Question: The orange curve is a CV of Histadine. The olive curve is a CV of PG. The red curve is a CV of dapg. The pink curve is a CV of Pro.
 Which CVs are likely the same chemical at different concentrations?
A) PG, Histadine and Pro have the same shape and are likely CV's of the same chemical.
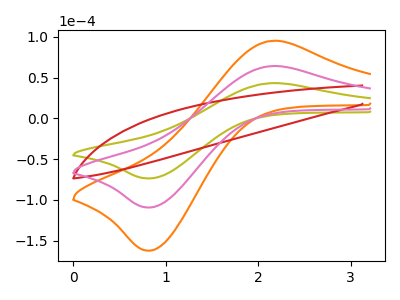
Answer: <think>The orange curve "Histadine" has an anodic peak at (2.15V, 127.85uA) and a cathodic peak at (0.85V, -218.55uA). The olive curve "PG" has an anodic peak at (2.15V, 43.10uA) and a cathodic peak at (0.85V, -73.65uA). The red curve "dapg" has no peaks. The pink curve "Pro" has an anodic peak at (2.15V, 63.90uA) and a cathodic peak at (0.85V, -109.30uA).
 All the peaks in "Histadine" have a peak in "PG" at the same potential. Every peak in "Histadine" is higher than every peak in "PG". "Histadine" and "dapg" have a different number of peaks. All the peaks in "Histadine" have a peak in "Pro" at the same potential. Every peak in "Histadine" is higher than every peak in "Pro". "PG" and "dapg" have a different number of peaks. All the peaks in "PG" have a peak in "Pro" at the same potential. Every peak in "PG" is lower than every peak in "Pro". "dapg" and "Pro" have a different number of peaks.</think>
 <answer>A) "PG", "Histadine" and "Pro" have the same shape and are likely CV's of the same chemical.</answer>
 <eval>A</eval>